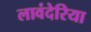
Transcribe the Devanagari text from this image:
लावंदेरिया